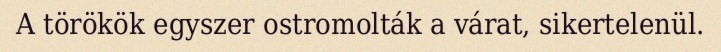
A törökök egyszer ostromolták a várat, sikertelenül.